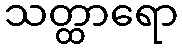
သတ္ထာရော